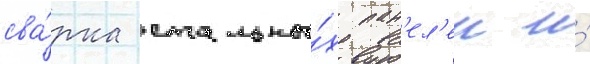
сва́рка стальны́х пан'ел'еи и́